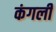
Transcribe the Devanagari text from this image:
कंगली